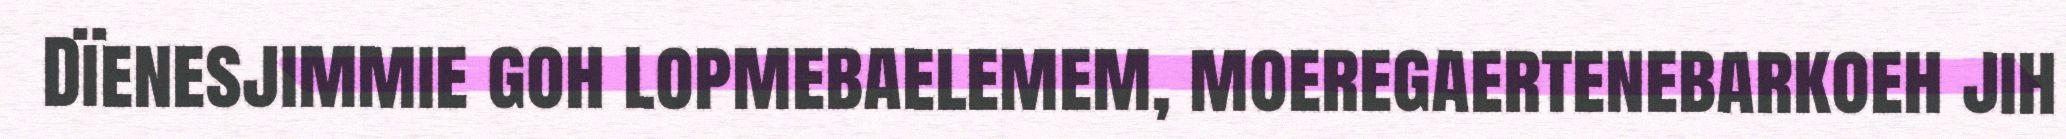
Dïenesjimmie goh lopmebaelemem, moeregaertenebarkoeh jih